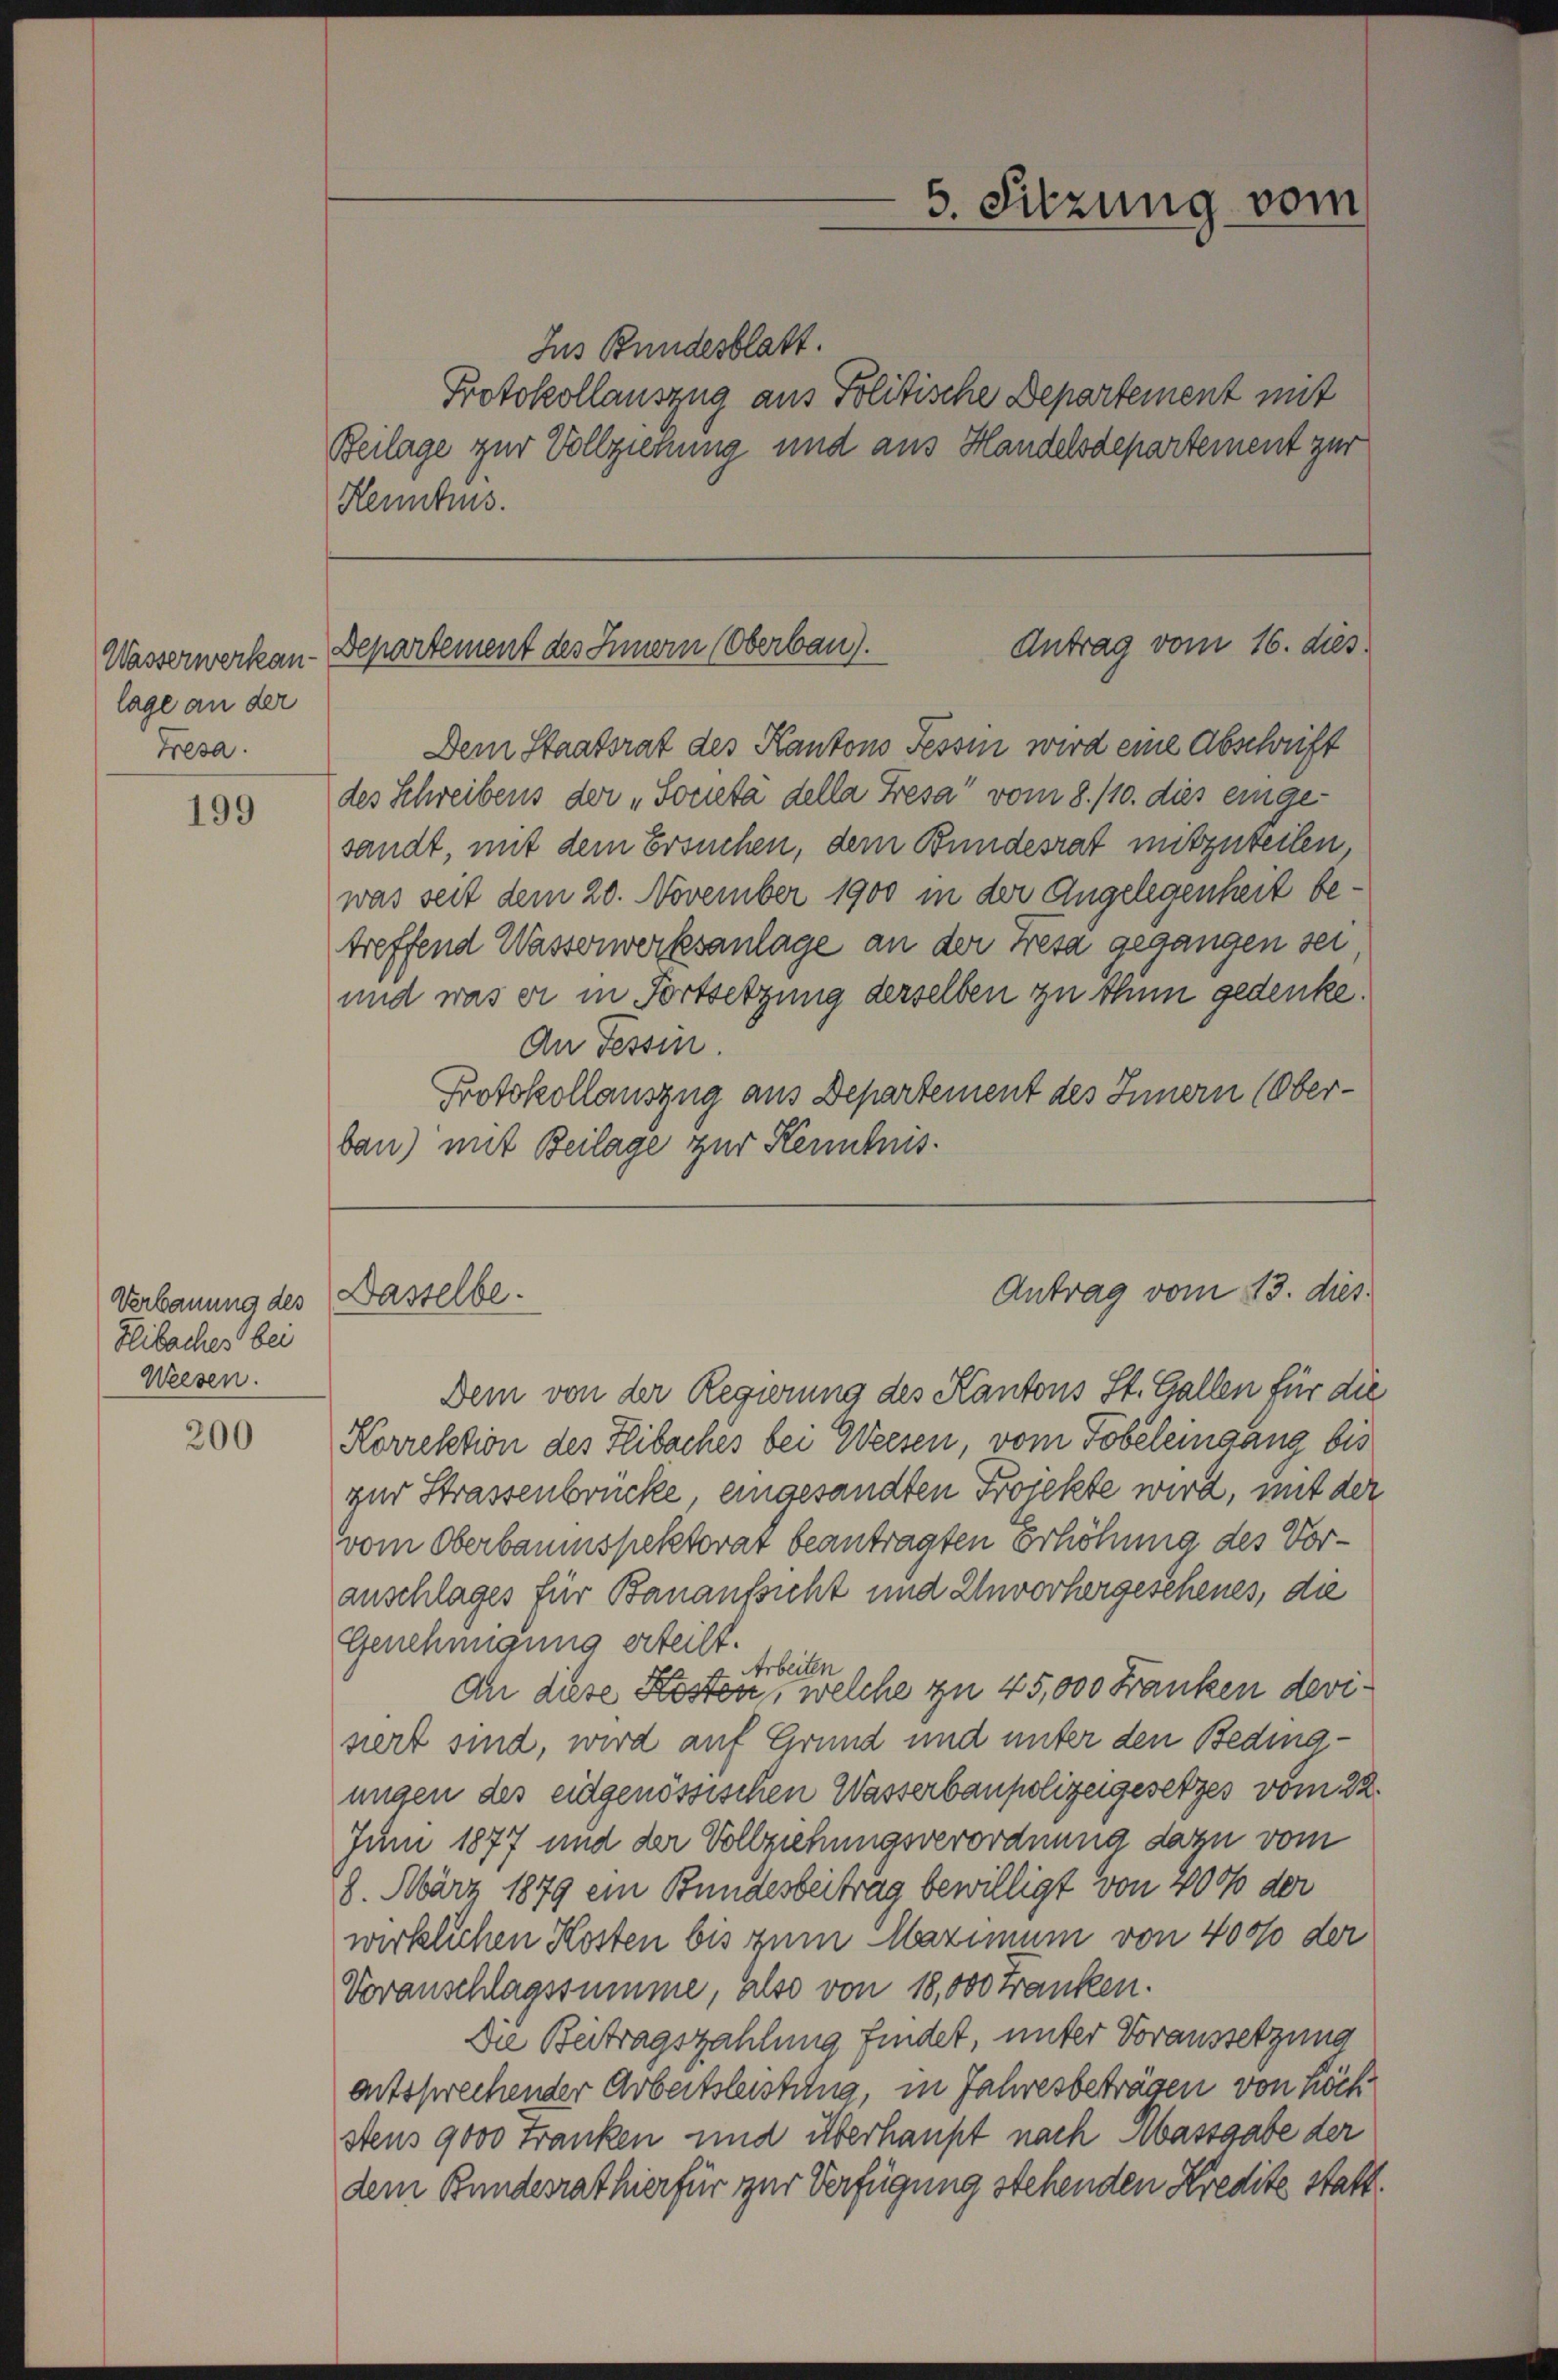
Wasserwerkan
lage an der
Tresa.

199

Verbauung des
Hlibaches bei
Weesen.

200

Ins Bundesblatt.
Protokollauszug aus Politische Departement mit
Beilage zur Vollziehung und aus Handelsdepartement zur
Henntnis.

Dem Staatsrat des Kantons Tessin wird eine Abschrift
des Schreibens der „Societa della Fresa vom 8./10. dies eingesandt, mit dem Ersuchen, dem Bundesrat mitzuteilen,
was seit dem 20. November 1900 in der Angelegenheit betreffend Wasserwerksanlage an der Fresa gegangen sei
und was er in Fortsetzung derselben zu thun gedenke.
An Tessin.
Protokollauszug aus Departement des Innern (Oberbau) mit Beilage zur Kenntnis¬

5. Sitzung vom

Antrag vom 16. dies
Departement des Innern (Oberbau).

Dasselbe.

Dem von der Regierung des Kantons St. Gallen für die
Korrektion des Flibaches bei Weesen, vom Tobeleingang bis
zur Strassenbrücke, eingesandten Projekte wird, mit der
vom Oberbaumspektorat beantragten Erhöhung des Voranschlages für Bauaufsicht und Unvorhergeschenes, die
Genehmigung erteilt.
Arbeiten
an diese Kosten, welche zu 45,000 Franken devisiert sind, wird auf Grund und unter den Bedingungen des eidgenössischen Wasserbaupolizeigesetzes vom 22.
Juni 1877 und der Vollziehungsverordnung dazu vom
8. März 1879 ein Bundesbeitrag bewilligt von 400 der
wirklichen Kosten bis zum Maximum von 400% der
Voranschlagssumme, also von 18,000 Franken.
Die Beitragszahlung findet, unter Voraussetzung
antssprechender Arbeitsleistung, in Jahresbeträgen von höchstens 9000 Franken und überhaupt nach Massgabe der
dem Bundesrathier für zur Verfügung stehenden Kredite statt.

Antrag vom 13. dies